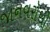
જાનવરોથી